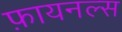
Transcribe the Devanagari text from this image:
फ़ायनल्स